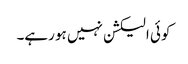
کوئی الیکشن نہیں ہو رہے۔